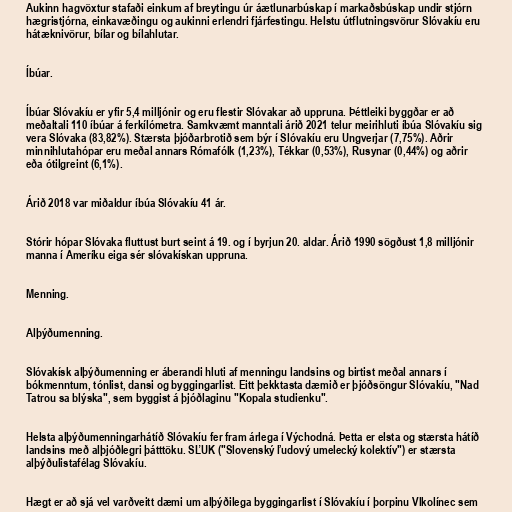
Aukinn hagvöxtur stafaði einkum af breytingu úr áætlunarbúskap í markaðsbúskap undir stjórn
hægristjórna, einkavæðingu og aukinni erlendri fjárfestingu. Helstu útflutningsvörur Slóvakíu eru
hátæknivörur, bílar og bílahlutar.

Íbúar.

Íbúar Slóvakíu er yfir 5,4 milljónir og eru flestir Slóvakar að uppruna. Þéttleiki byggðar er að
meðaltali 110 íbúar á ferkílómetra. Samkvæmt manntali árið 2021 telur meirihluti íbúa Slóvakíu sig
vera Slóvaka (83,82%). Stærsta þjóðarbrotið sem býr í Slóvakíu eru Ungverjar (7,75%). Aðrir
minnihlutahópar eru meðal annars Rómafólk (1,23%), Tékkar (0,53%), Rusynar (0,44%) og aðrir
eða ótilgreint (6,1%).

Árið 2018 var miðaldur íbúa Slóvakíu 41 ár.

Stórir hópar Slóvaka fluttust burt seint á 19. og í byrjun 20. aldar. Árið 1990 sögðust 1,8 milljónir
manna í Ameríku eiga sér slóvakískan uppruna.

Menning.

Alþýðumenning.

Slóvakísk alþýðumenning er áberandi hluti af menningu landsins og birtist meðal annars í
bókmenntum, tónlist, dansi og byggingarlist. Eitt þekktasta dæmið er þjóðsöngur Slóvakíu, "Nad
Tatrou sa blýska", sem byggist á þjóðlaginu "Kopala studienku".

Helsta alþýðumenningarhátíð Slóvakíu fer fram árlega í Východná. Þetta er elsta og stærsta hátíð
landsins með alþjóðlegri þátttöku. SĽUK ("Slovenský ľudový umelecký kolektív") er stærsta
alþýðulistafélag Slóvakíu.

Hægt er að sjá vel varðveitt dæmi um alþýðilega byggingarlist í Slóvakíu í þorpinu Vlkolínec sem